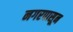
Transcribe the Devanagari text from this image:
नगरपासून